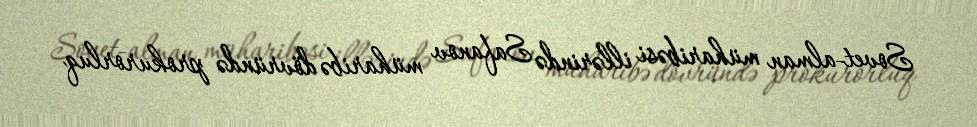
Sovet-alman müharibəsi illərində Safanov müharibə dövründə prokurorluq